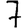
Digit: 7